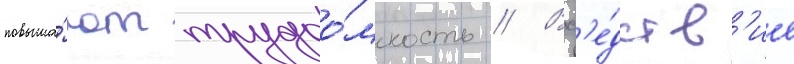
повыша́ют трудоо́мкость // Всл'е́дств'ие